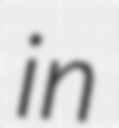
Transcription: in